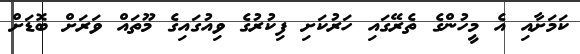
ކަމަށާއި އެ މީހުންގެ ތެރޭގައި ހަރުކަށި ފިކުރުގެ ވިއުގައިގެ މޫތައް ވަރަށް ބޮޑަށް